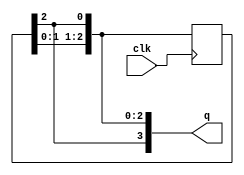
module johnson_counter(
    input wire clk,
    output reg [3:0] q
);

reg [2:0] tmp;

always @(posedge clk) begin
    tmp <= {tmp[1:0], tmp[2]};
end

assign q = {tmp, tmp[2]};

endmodule